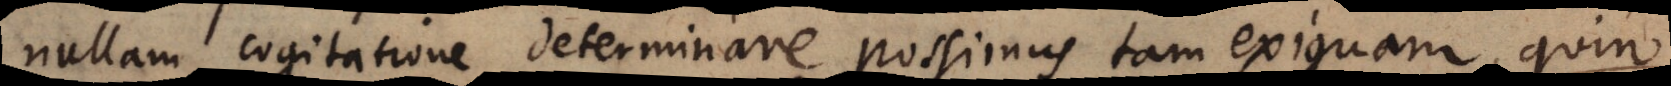
nullam cogitatione determinare possimus tam exiguam, quin